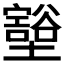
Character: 𫮺